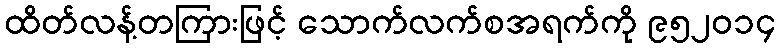
ထိတ်လန့်တကြားဖြင့် သောက်လက်စအရက်ကို ၉၅၂၀၁၄